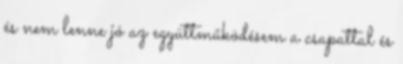
és nem lenne jó az együttműködésem a csapattal és